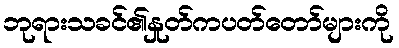
ဘုရားသခင်၏နှုတ်ကပတ်တော်များကို